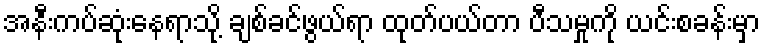
အနီးကပ်ဆုံးနေရာသို့ ချစ်ခင်ဖွယ်ရာ ထုတ်ပယ်တာ ပီသမှုကို ယင်းစခန်းမှာ